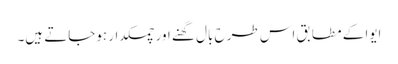
ایوا کے مطابق اس طرح بال گھنے اور چمکدار ہوجاتے ہیں۔